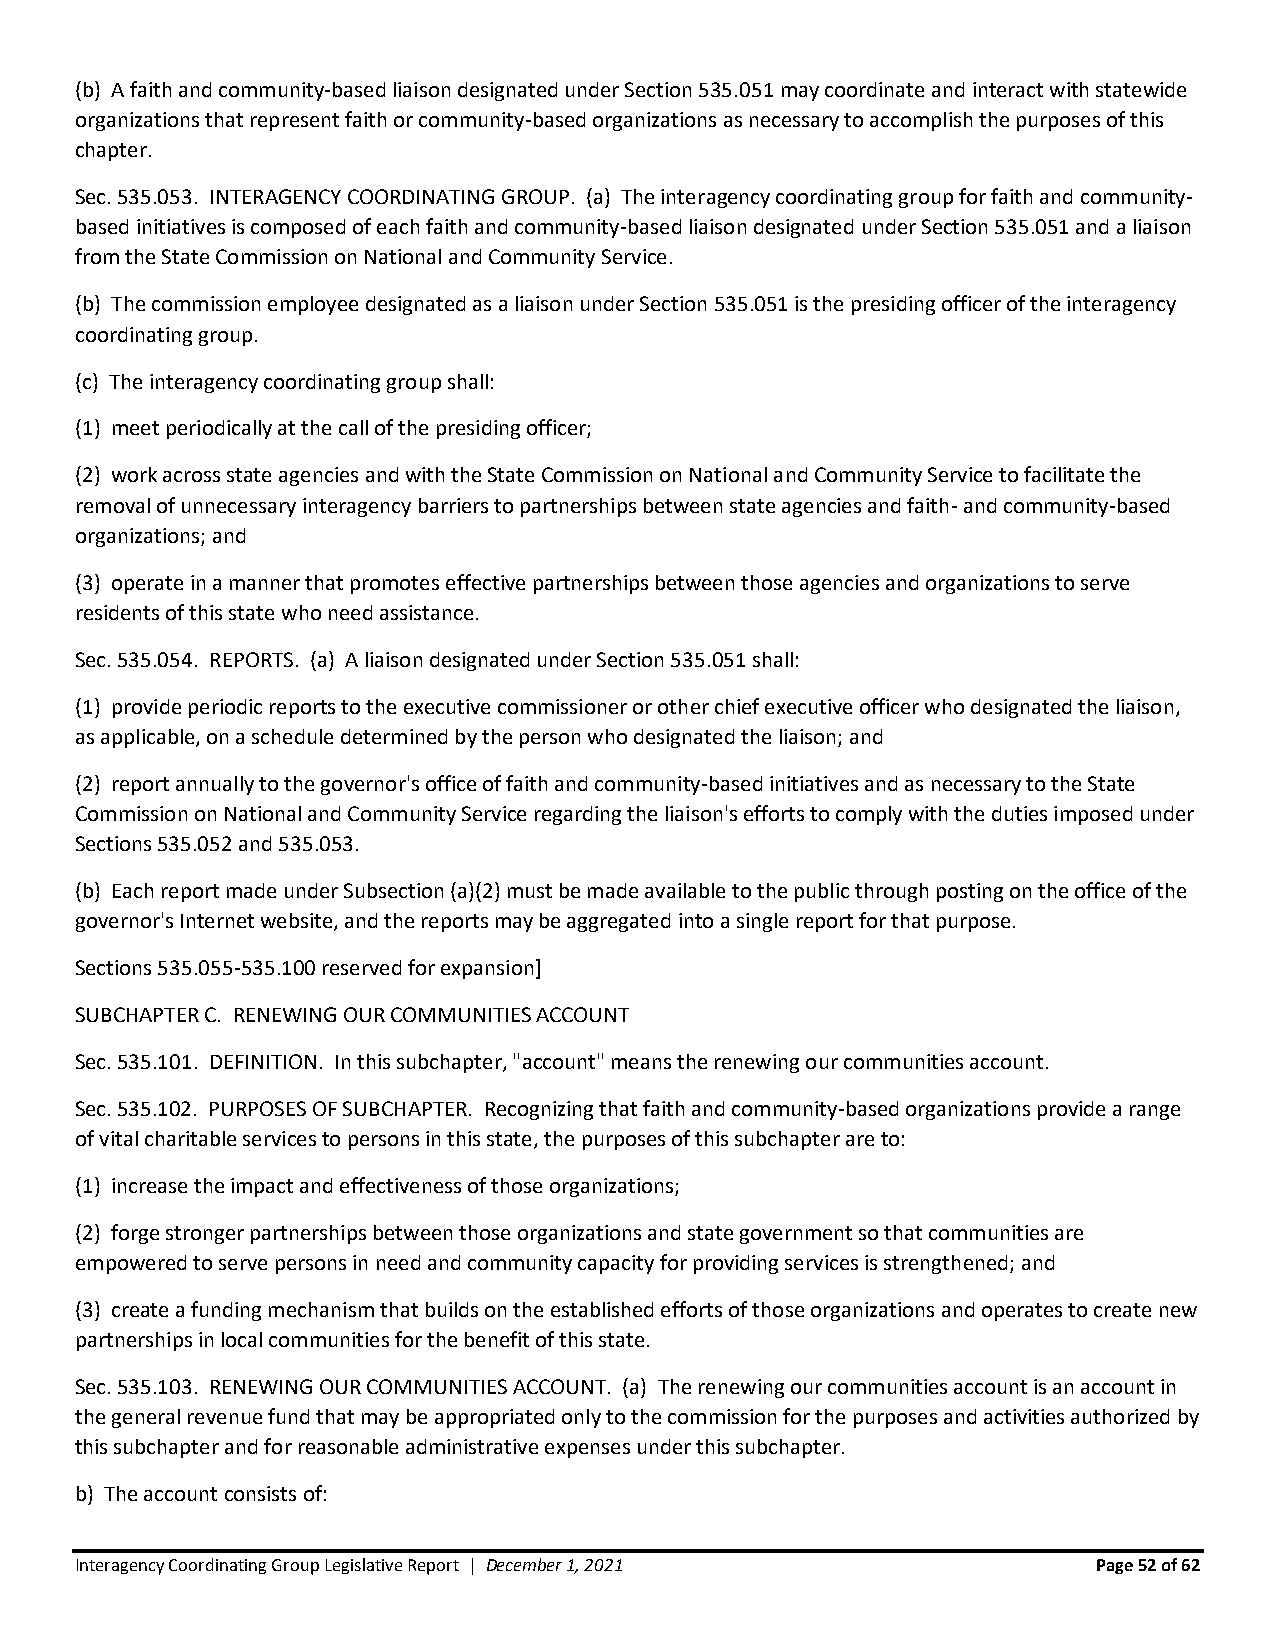
(b) A faith and community-based liaison designated under Section 535.051 may coordinate and interact with statewide
 organizations that represent faith or community-based organizations as necessary to accomplish the purposes of this
 chapter.
 Sec. 535.053. INTERAGENCY COORDINATING GROUP. (a) The interagency coordinating group for faith and community-
 based initiatives is composed of each faith and community-based liaison designated under Section 535.051 and a liaison
 from the State Commission on National and Community Service.
 (b) The commission employee designated as a liaison under Section 535.051 is the presiding officer of the interagency
 coordinating group.
 (c) The interagency coordinating group shall:
 (1) meet periodically at the call of the presiding officer;
 (2) work across state agencies and with the State Commission on National and Community Service to facilitate the
 removal of unnecessary interagency barriers to partnerships between state agencies and faith- and community-based
 organizations; and
 (3) operate in a manner that promotes effective partnerships between those agencies and organizations to serve
 residents of this state who need assistance.
 Sec. 535.054. REPORTS. (a) A liaison designated under Section 535.051 shall:
 (1) provide periodic reports to the executive commissioner or other chief executive officer who designated the liaison,
 as applicable, on a schedule determined by the person who designated the liaison; and
 (2) report annually to the governor's office of faith and community-based initiatives and as necessary to the State
 Commission on National and Community Service regarding the liaison's efforts to comply with the duties imposed under
 Sections 535.052 and 535.053.
 (b) Each report made under Subsection (a)(2) must be made available to the public through posting on the office of the
 governor's Internet website, and the reports may be aggregated into a single report for that purpose.
 Sections 535.055-535.100 reserved for expansion]
 SUBCHAPTER C. RENEWING OUR COMMUNITIES ACCOUNT
 Sec. 535.101. DEFINITION. In this subchapter, "account" means the renewing our communities account.
 Sec. 535.102. PURPOSES OF SUBCHAPTER. Recognizing that faith and community-based organizations provide a range
 of vital charitable services to persons in this state, the purposes of this subchapter are to:
 (1) increase the impact and effectiveness of those organizations;
 (2) forge stronger partnerships between those organizations and state government so that communities are
 empowered to serve persons in need and community capacity for providing services is strengthened; and
 (3) create a funding mechanism that builds on the established efforts of those organizations and operates to create new
 partnerships in local communities for the benefit of this state.
 Sec. 535.103. RENEWING OUR COMMUNITIES ACCOUNT. (a) The renewing our communities account is an account in
 the general revenue fund that may be appropriated only to the commission for the purposes and activities authorized by
 this subchapter and for reasonable administrative expenses under this subchapter.
 b) The account consists of:
 Interagency Coordinating Group Legislative Report | December 1, 2021 Page 52 of 62